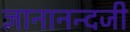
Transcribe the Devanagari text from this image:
ज्ञानानन्दजी